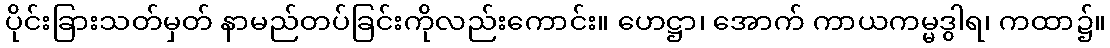
ပိုင်းခြားသတ်မှတ် နာမည်တပ်ခြင်းကိုလည်းကောင်း။ ဟေဋ္ဌာ၊ အောက် ကာယကမ္မဒွါရ၊ ကထာ၌။